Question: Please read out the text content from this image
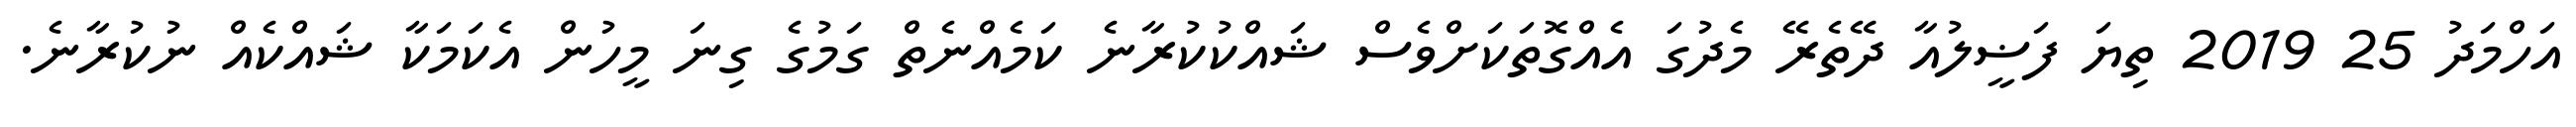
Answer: އަހްމަދު 25 2019 ތިޔަ ފަޟީލުއާ ދޭތެރޭ މެދުގަ އެއްގޮތަކަށްވެސް ޝައްކުކުރާނެ ކަމެއްނެތް ގަމުގެ ގިނަ މީހުން އެކަމަކާ ޝައްކެއް ނުކުރާނެ.